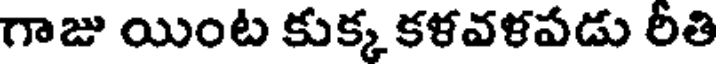
గాజు యింట కుక్క కళవళపడు రీతి